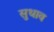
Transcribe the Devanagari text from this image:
सुधाव